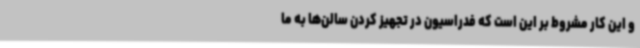
و این کار مشروط بر این است که فدراسیون در تجهیز کردن سالن‌ها به ما